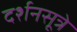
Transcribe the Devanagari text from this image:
दर्शनसूत्रे